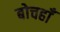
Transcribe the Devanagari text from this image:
बोचहाँ